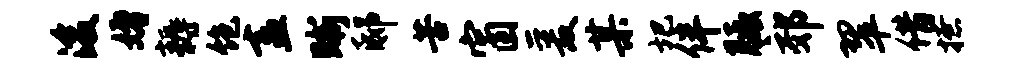
浚婚耨饱盍晰邸苦窗爰某圯伴胝郊翠借撩